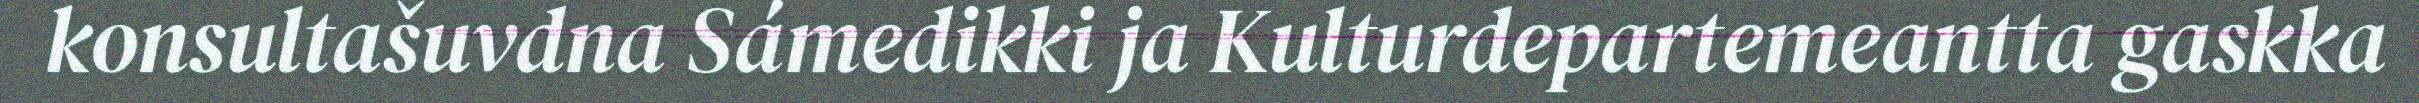
konsultašuvdna Sámedikki ja Kulturdepartemeantta gaskka